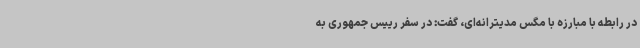
در رابطه با مبارزه با مگس مدیترانه‌ای، گفت: در سفر رییس جمهوری به